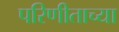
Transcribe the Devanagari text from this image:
परिणीताच्या